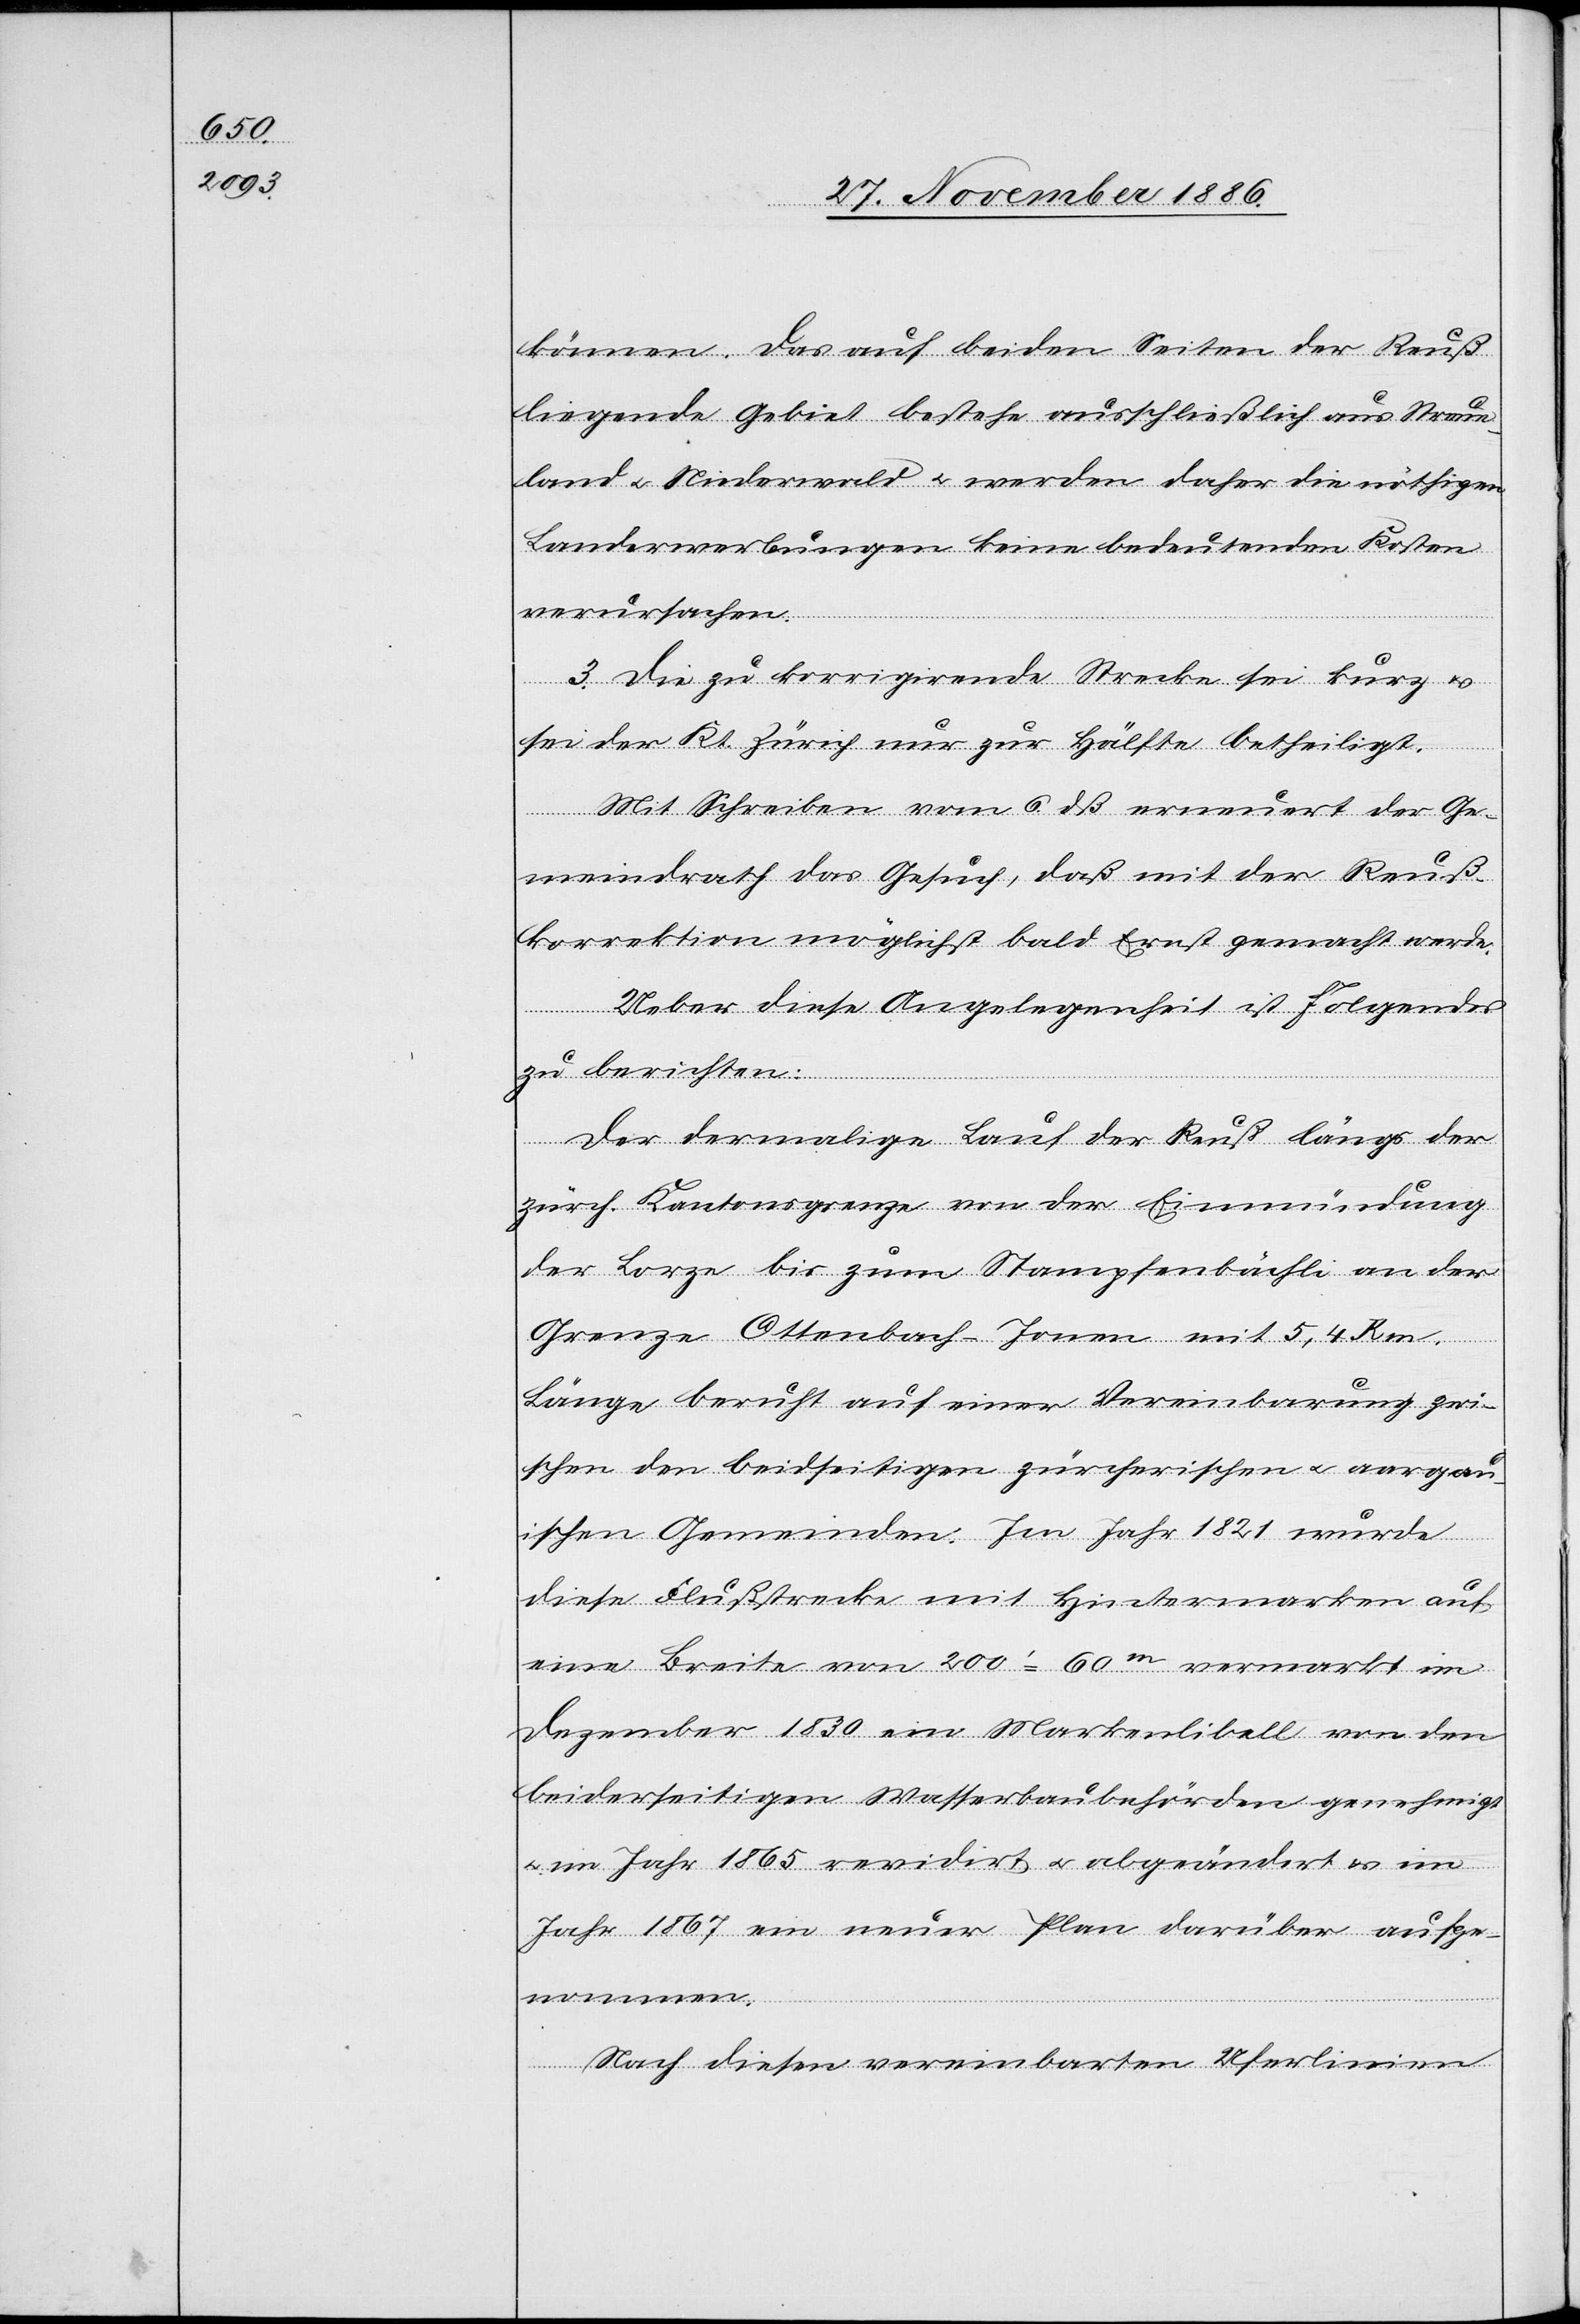
können. Das auf beiden Seiten der Reuß
liegende Gebiet bestehe ausschließlich aus Streue¬
land & Niederwald & werden daher die nöthigen
Landerwerbungen keine bedeutenden Kosten
verursachen.
3. Die zu korrigierende Strecke sei kurz &
sei der Kt. Zürich nur zur Hälfte betheiligt.
Mit Schreiben vom 6. dß erneuert der Ge¬
meindrath das Gesuch, daß mit der Reuß¬
korrektion möglichst bald ernst gemacht werde.
Ueber diese Angelegenheit ist Folgendes
zu berichten:
Der damalige Lauf der Reuß längs der
zürch. Kantonsgrenze von der Einmündung
der Lorze bis zum Stampfenbächli an der
Grenze Ottenbach–Jonen mit 5,4 km.
Länge beruht auf einer Vereinbarung zwi¬
schen den beidseitigen züricherischen & aargau¬
ischen Gemeinden. Im Jahr 1821 wurde
diese Flußstrecke mit Hintermarken auf
eine Breite von 200‘ = 60m vermarkt, im
Dezember 1830 ein Markenlibell von den
beiderseitigen Wasserbaubehörden genehmigt
im Jahr 1865 revidirt & abgeändert & im
Jahr 1867 ein neuer Plan darüber aufge¬
nommen.
Nach diesen vereinbarten Uferlinien